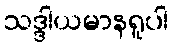
သဒ္ဒါယမာနရူပါ